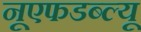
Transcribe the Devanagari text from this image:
नूएफडब्ल्यू